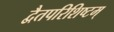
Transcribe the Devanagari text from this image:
द्वैतपरिशिष्टम्